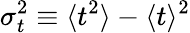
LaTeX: \sigma_{t}^{2}\equiv\langle t^{2}\rangle-\langle t\rangle^{2}